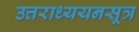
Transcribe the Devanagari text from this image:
उत्तराध्ययनसूत्र